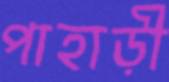
পাহাড়ী